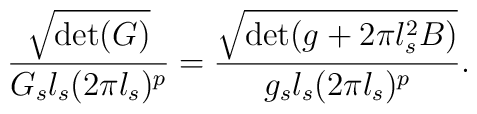
{\sqrt{\det(G)}\over G_s l_s (2\pi l_s)^p}  = {\sqrt{\det(g+2\pi l_s^2 B)}   \over g_s l_s (2\pi l_s)^p} .